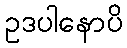
ဥဒပါနောပိ